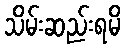
သိမ်းဆည်းရမိ